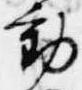
動